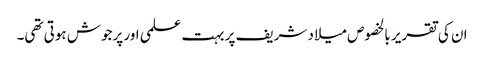
ان کی تقریر بالخصوص میلاد شریف پر بہت علمی اور پرجوش ہوتی تھی۔